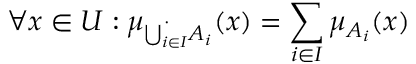
\forall x \in { U } : \mu _ { { \dot { \bigcup _ { i \in { I } } } } A _ { i } } ( x ) = \sum _ { i \in { I } } \mu _ { A _ { i } } ( x )